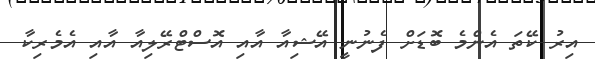
އިރު ކޭތަ އެންމެ ބޮޑަށް ފެނުނީ އޭޝިއާ އާއި އޮސްޓްރޭލިއާ އާއި އެމެރިކާ